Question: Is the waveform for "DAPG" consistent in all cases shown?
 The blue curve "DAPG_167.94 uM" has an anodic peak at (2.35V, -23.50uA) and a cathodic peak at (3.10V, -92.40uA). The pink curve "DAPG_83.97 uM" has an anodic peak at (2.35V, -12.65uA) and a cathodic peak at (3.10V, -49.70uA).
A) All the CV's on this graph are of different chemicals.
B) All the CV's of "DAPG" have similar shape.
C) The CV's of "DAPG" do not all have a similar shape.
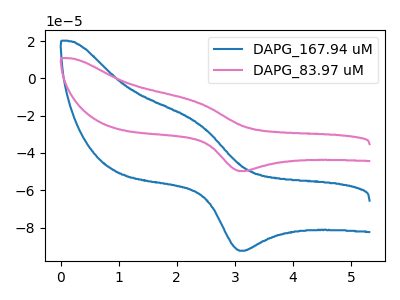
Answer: <think>All the peaks in "DAPG_167.94 uM" have a peak in "DAPG_83.97 uM" at the same potential.
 </think>
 <answer>B) All the CV's of "DAPG" have similar shape.</answer>
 <eval>B</eval>